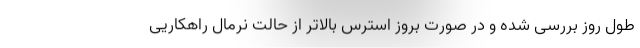
طول روز بررسی شده و در صورت بروز استرس بالاتر از حالت نرمال راهکاریی